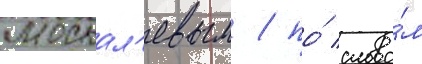
москал'евым / по́ слова́м